65_HS1-834228961_62-HQ-83894_Section_8
Agency: FBI
Page 152
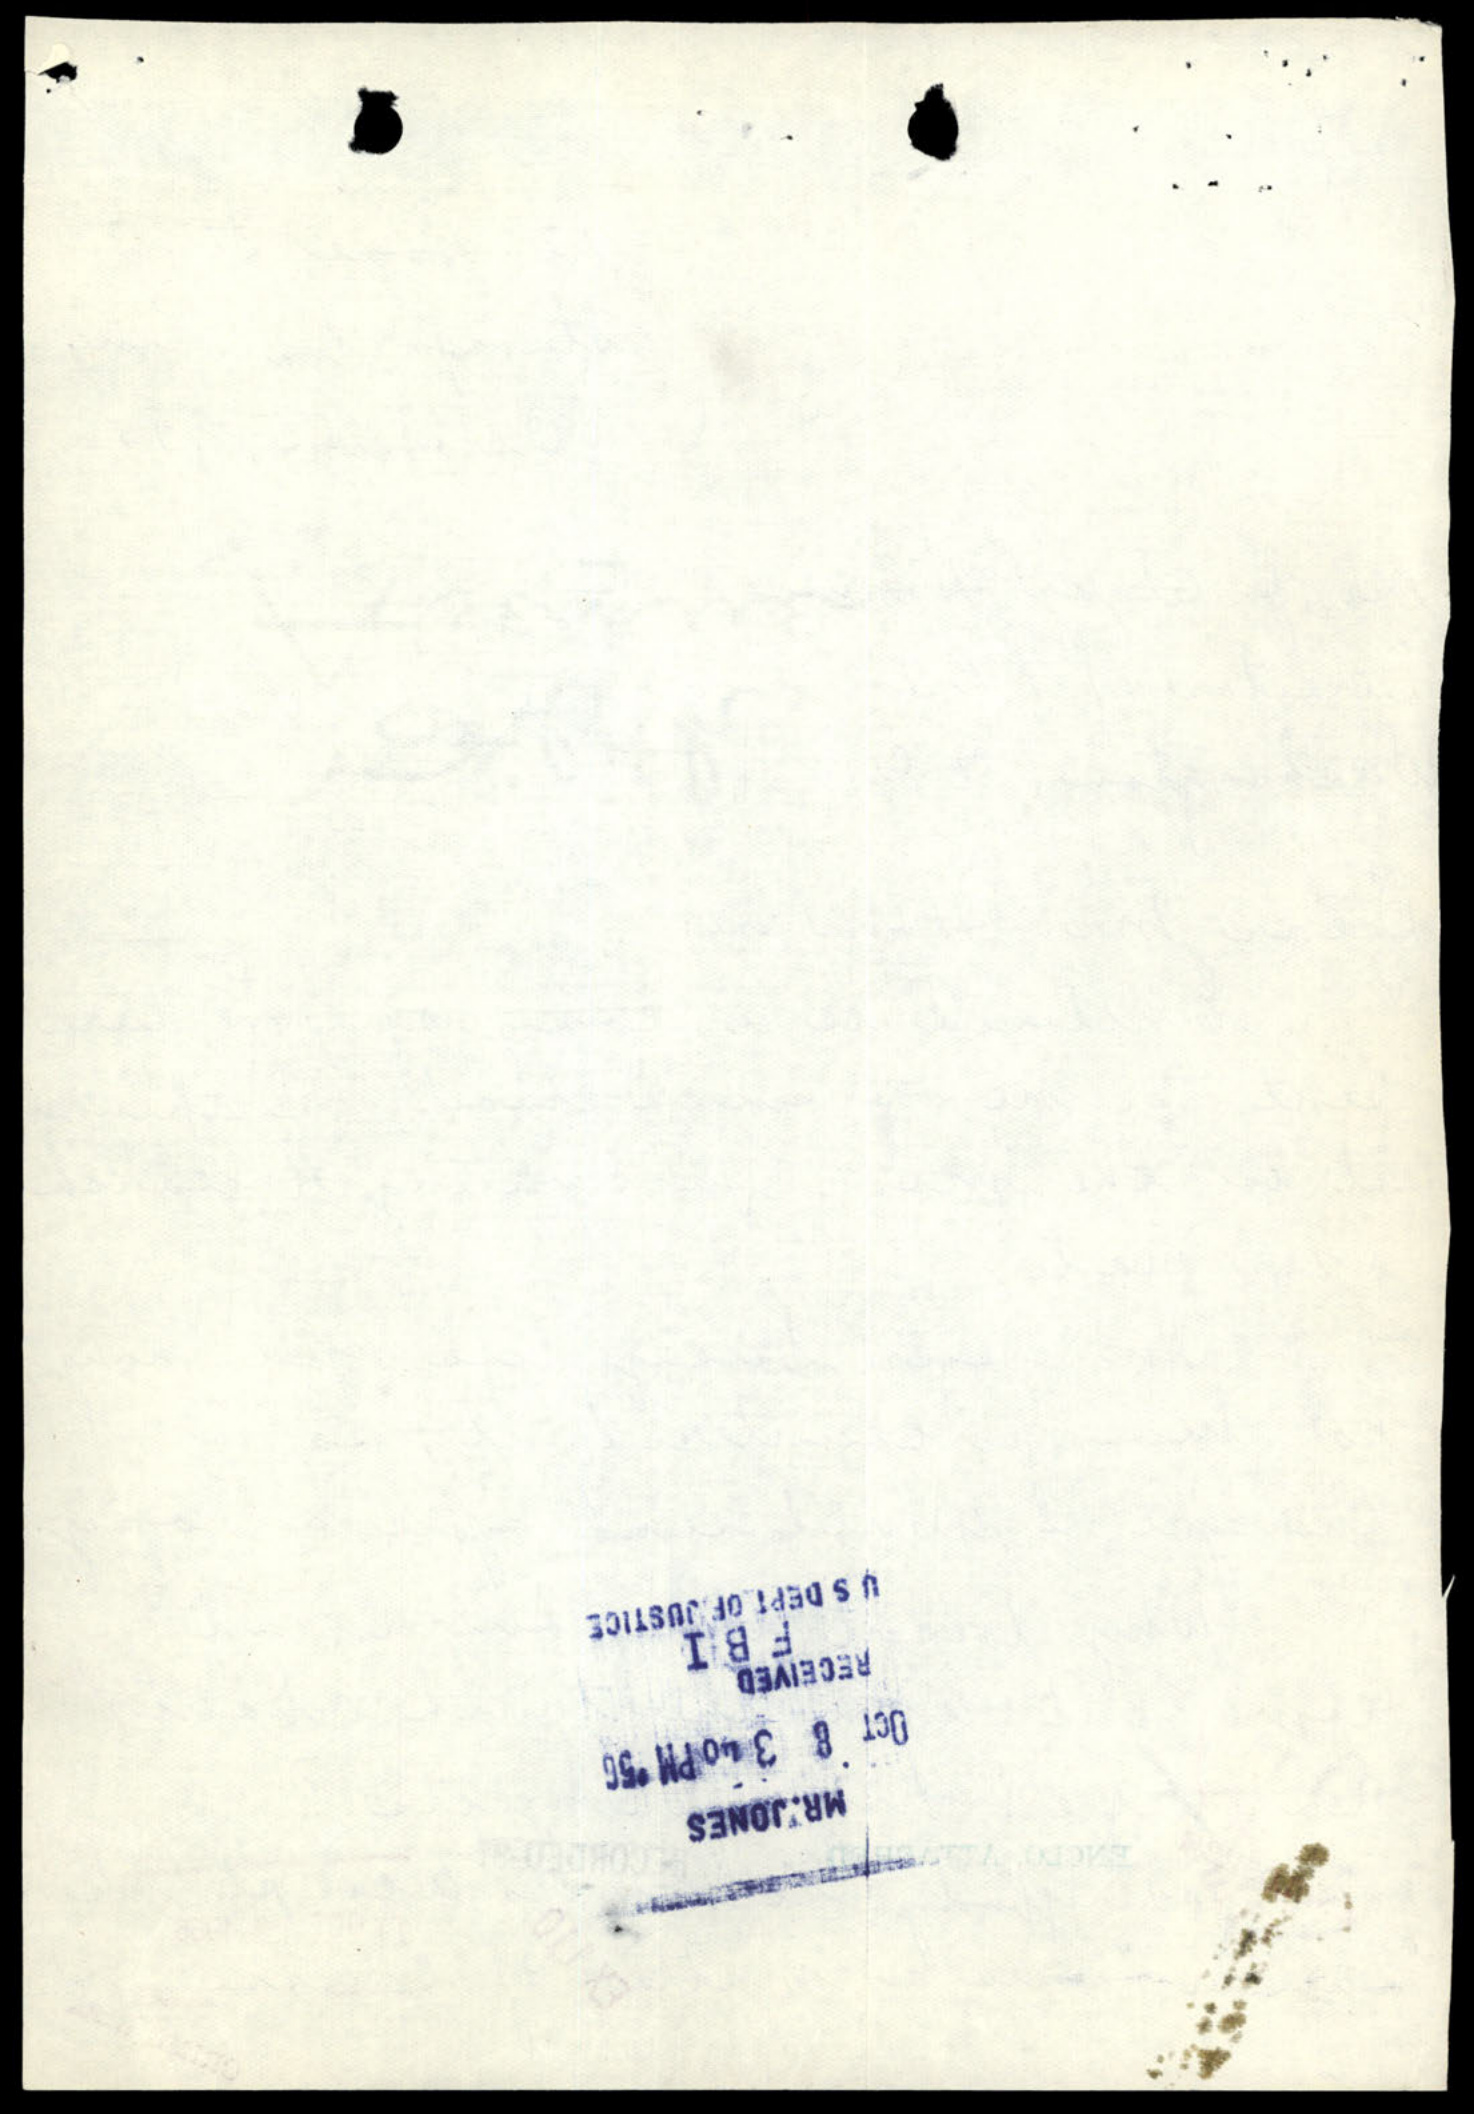